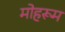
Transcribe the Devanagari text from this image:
मोहरूम